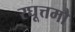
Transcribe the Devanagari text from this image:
रघूत्तमौ